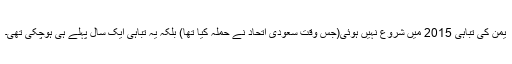
یمن کى تباہى 2015 میں شروع نہیں ہوئى(جس وقت سعودى اتحاد نے حملہ کیا تھا) بلکہ یہ تباہى ایک سال پہلے ہى ہوچکى تهى۔